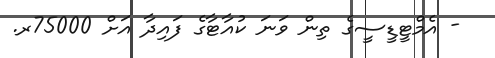
- އެމްޓީޑީސީގެ ތިން ވަނަ ކުއާޓާގެ ފައިދާ އަށް 75000ރ.